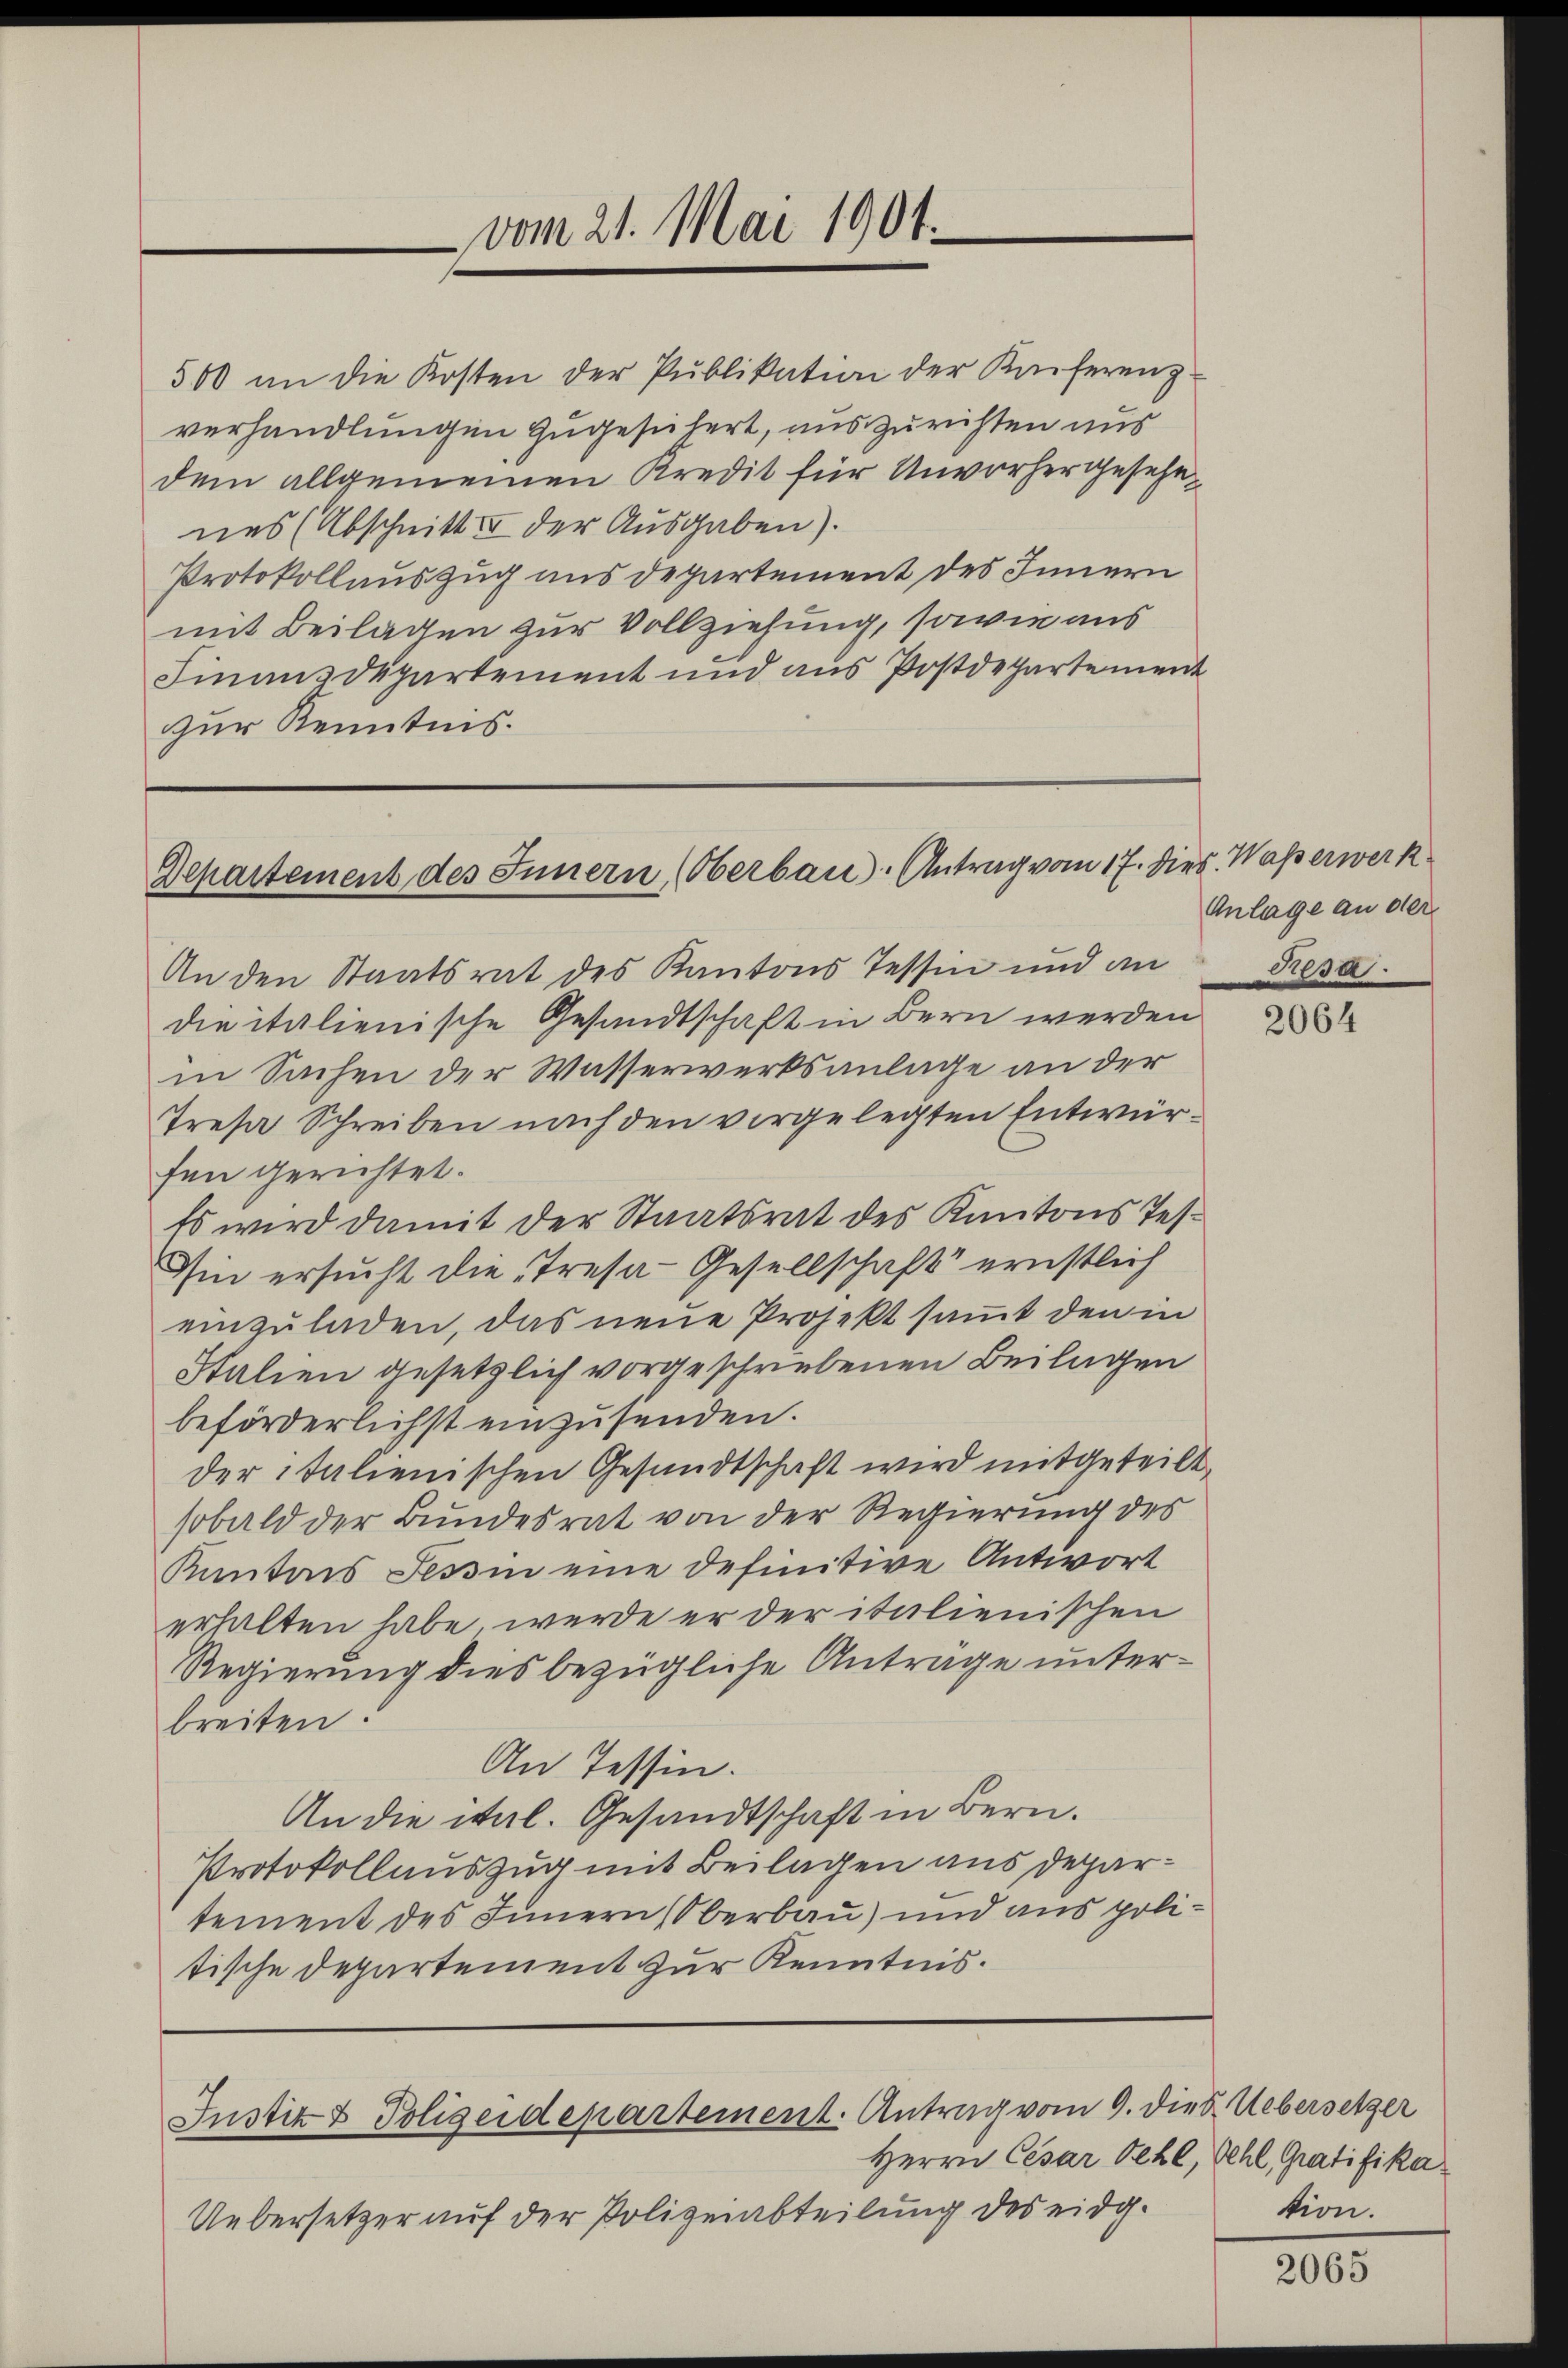
vom 21. Mai 1901.

500 an die Kosten der Publikation der Kaiferenz
verhandlungen zugesichert, auszurichten aus
dem allgemeinen Kredit für Unvorhergesehenes (Abschnitt II der Ausgaben).
Protokollauszug aus departement des Innern
mit Beilagen zur Vollziehung, sowie aus
Finanzdepartement und aus Postdepartement
zur Kenntnis.

Departement des Innern (Oberbau. Antrag vom 17. Dieb. Waßerwerk

An den Staatsrat des Kantons Tessin und an
die italienische Gesandtschaft in Bern werden
in Sachen der Wasserwerksanlage an der
Tresa Schreiben nach den vorgelegten Entwürfen gerichtet.
Es wird damit der Staatsrat des Kantons Tes¬
Iin ersucht die Tresa-Gesellschaft ernstlich
einzuladen, das neue Projekt sammt den in
Stalien gesetzlich vorgeschriebenen Beilagen
beförderlichst einzusenden.
der italienischen Gesandtschaft wird mitgeteilt,
sobald der Bundesrat von der Regierung des
Kantons Tessin eine definitive Antwort
erhalten habe, werde er der italienischen
Regierung dies bezügliche Antrage unterbreiten:
An Tessin.
An die ital. Gesandtschaft in Bern.
Protokollauszug mit Beilagen aus Departement des Innern Oberbau) und aus politische Departement zur Kenntnis.

Justiz & Polizeidepartement. Antrag vom 9. die Uebersetzer

Uebersetzer auf der Polizeiabteilung des eidg.

Anlage an der
Psa.

2064

Herrn Cesar Sehl, Oehl, Gratifika
tion.

2065